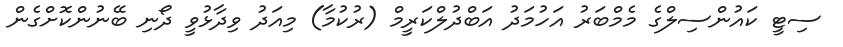
ސިޓީ ކައުންސިލްގެ މެމްބަރު އަހުމަދު އަބްދުލްކަރީމް (ރުކުމާ) މިއަދު ވިދާޅުވީ ދޯނި ބޭނުންކޮށްގެން